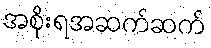
အစိုးရအဆက်ဆက်